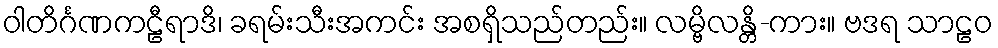
ဝါတိင်္ဂဏကဠီရာဒိ၊ ခရမ်းသီးအကင်း အစရှိသည်တည်း။ လမ္ဗိလန္တိ-ကား။ ဗဒရ သာဠဝ